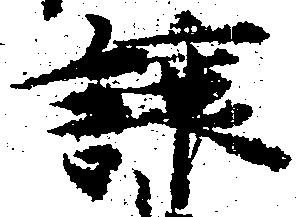
譲